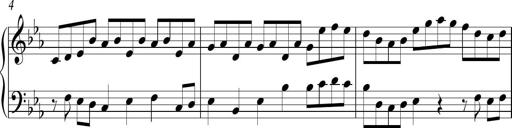
Title: Ten Piano Sonatinas
Composer: Andreas Sain